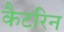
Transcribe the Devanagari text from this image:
कैटरिन